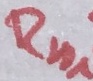
Text: Rn1